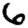
Digit: 6